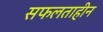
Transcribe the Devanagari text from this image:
सफलताहीन